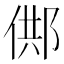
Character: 䣏